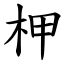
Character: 柙